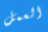
العمل